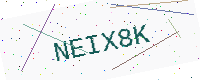
Text: NEIX8K